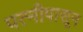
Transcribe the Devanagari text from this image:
पत्‍नीपासून